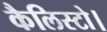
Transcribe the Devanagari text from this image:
कैलिस्टो।